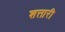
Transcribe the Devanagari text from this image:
शत्तारी